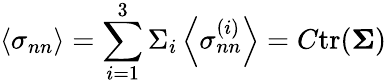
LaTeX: \left\langle\sigma_{nn}\right\rangle=\sum_{i=1}^{3}\Sigma_{i}\left\langle\sigma_{nn}^{(i)}\right\rangle=C\mathrm{tr}(\mathbf{\Sigma})